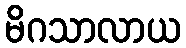
မိဂသာလာယ